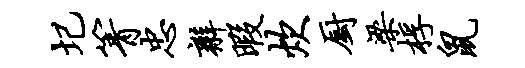
圮箐忠辫暇炊厨梁桴鼠